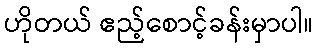
ဟိုတယ် ဧည့်စောင့်ခန်းမှာပါ။